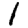
Digit: 1